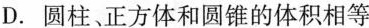
D.圆柱、正方体和圆锥的体积相等